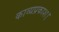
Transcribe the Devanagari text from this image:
काव्यप्रकाश।